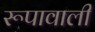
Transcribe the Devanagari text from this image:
रूपावाली